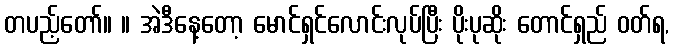
တပည့်တော်။ ။ အဲဒီနေ့တော့ မောင်ရှင်လောင်းလုပ်ပြီး ပိုးပုဆိုး တောင်ရှည် ဝတ်ရ,